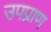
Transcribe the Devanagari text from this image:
उपप्राण